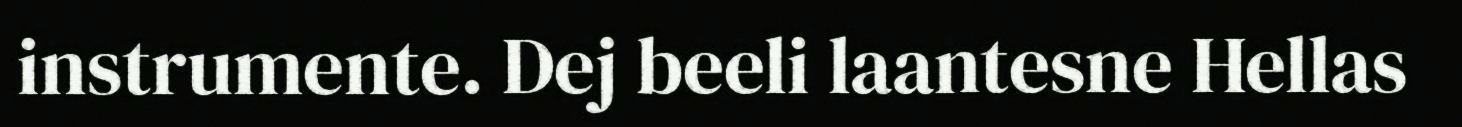
instrumente. Dej beeli laantesne Hellas